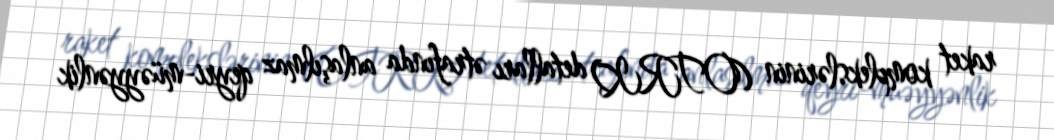
raket komplekslərinin (OTRK) detalları ətrafında anlaşılmaz qeyri-müəyyənlik